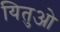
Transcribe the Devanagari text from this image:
यितुओ